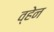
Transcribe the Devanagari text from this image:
व्‍हेन